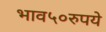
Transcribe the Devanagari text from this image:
भाव५०रुपये